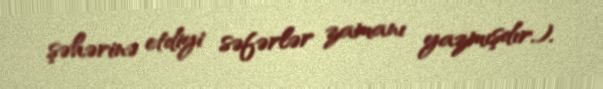
şəhərinə etdiyi səfərlər zamanı yazmışdır.).